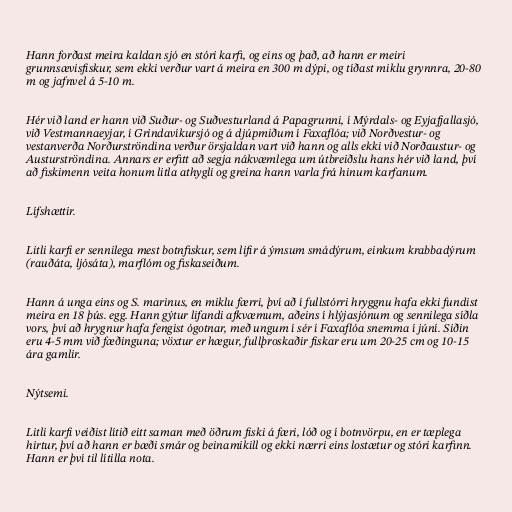
Hann forðast meira kaldan sjó en stóri karfi, og eins og það, að hann er meiri
grunnsævisfiskur, sem ekki verður vart á meira en 300 m dýpi, og tíðast miklu grynnra, 20-80
m og jafnvel á 5-10 m.

Hér við land er hann við Suður- og Suðvesturland á Papagrunni, í Mýrdals- og Eyjafjallasjó,
við Vestmannaeyjar, í Grindavíkursjó og á djúpmiðum í Faxaflóa; við Norðvestur- og
vestanverða Norðurströndina verður örsjaldan vart við hann og alls ekki við Norðaustur- og
Austurströndina. Annars er erfitt að segja nákvæmlega um útbreiðslu hans hér við land, því
að fiskimenn veita honum litla athygli og greina hann varla frá hinum karfanum.

Lífshættir.

Litli karfi er sennilega mest botnfiskur, sem lifir á ýmsum smádýrum, einkum krabbadýrum
(rauðáta, ljósáta), marflóm og fiskaseiðum.

Hann á unga eins og S. marinus, en miklu færri, því að í fullstórri hryggnu hafa ekki fundist
meira en 18 þús. egg. Hann gýtur lifandi afkvæmum, aðeins í hlýjasjónum og sennilega síðla
vors, því að hrygnur hafa fengist ógotnar, með ungum í sér í Faxaflóa snemma í júní. Siðin
eru 4-5 mm við fæðinguna; vöxtur er hægur, fullþroskaðir fiskar eru um 20-25 cm og 10-15
ára gamlir.

Nýtsemi.

Litli karfi veiðist lítið eitt saman með öðrum fiski á færi, lóð og í botnvörpu, en er tæplega
hirtur, því að hann er bæði smár og beinamikill og ekki nærri eins lostætur og stóri karfinn.
Hann er því til lítilla nota.